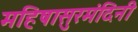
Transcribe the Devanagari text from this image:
महिषासुरमंदिनी